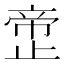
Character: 𰙲